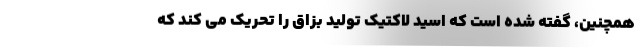
همچنین، گفته شده است که اسید لاکتیک تولید بزاق را تحریک می کند که